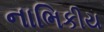
નાભિકીય